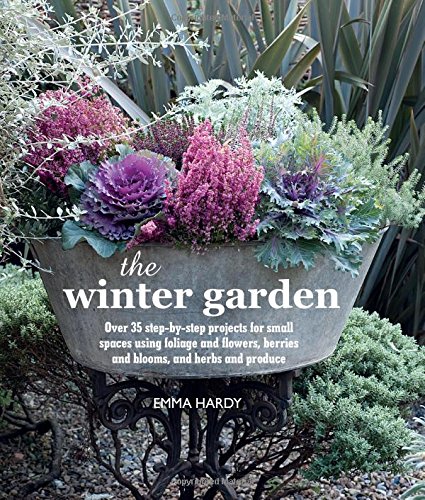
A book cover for The Winter Garden: 35 Step-by-step Projects Using Foliage and Flowers, Berries and Blooms; Emma Hardy; Crafts, Hobbies & Home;